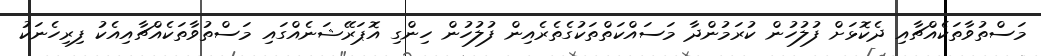
މަސްތުވާތަކެއްޗާއި ދެކޮޅަށް ފުލުހުން ކުރަމުންދާ މަސައްކަތްތަކުގެތެރެއިން ފުލުހުން ހިންގި އޮޕަރޭޝަނެއްގައި މަސްތުވާތަކެއްޗާއިއެކު ފިރިހެނަކު